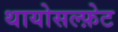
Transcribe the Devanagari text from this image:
थायोसल्फ़ेट